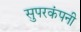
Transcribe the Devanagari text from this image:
सुपरकंपनी